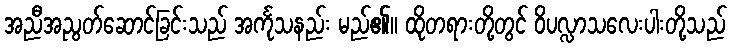
အညီအညွတ်ဆောင်ခြင်းသည် အင်္ကုသနည်း မည်၏။ ထိုတရားတို့တွင် ဝိပလ္လာသလေးပါးတို့သည်